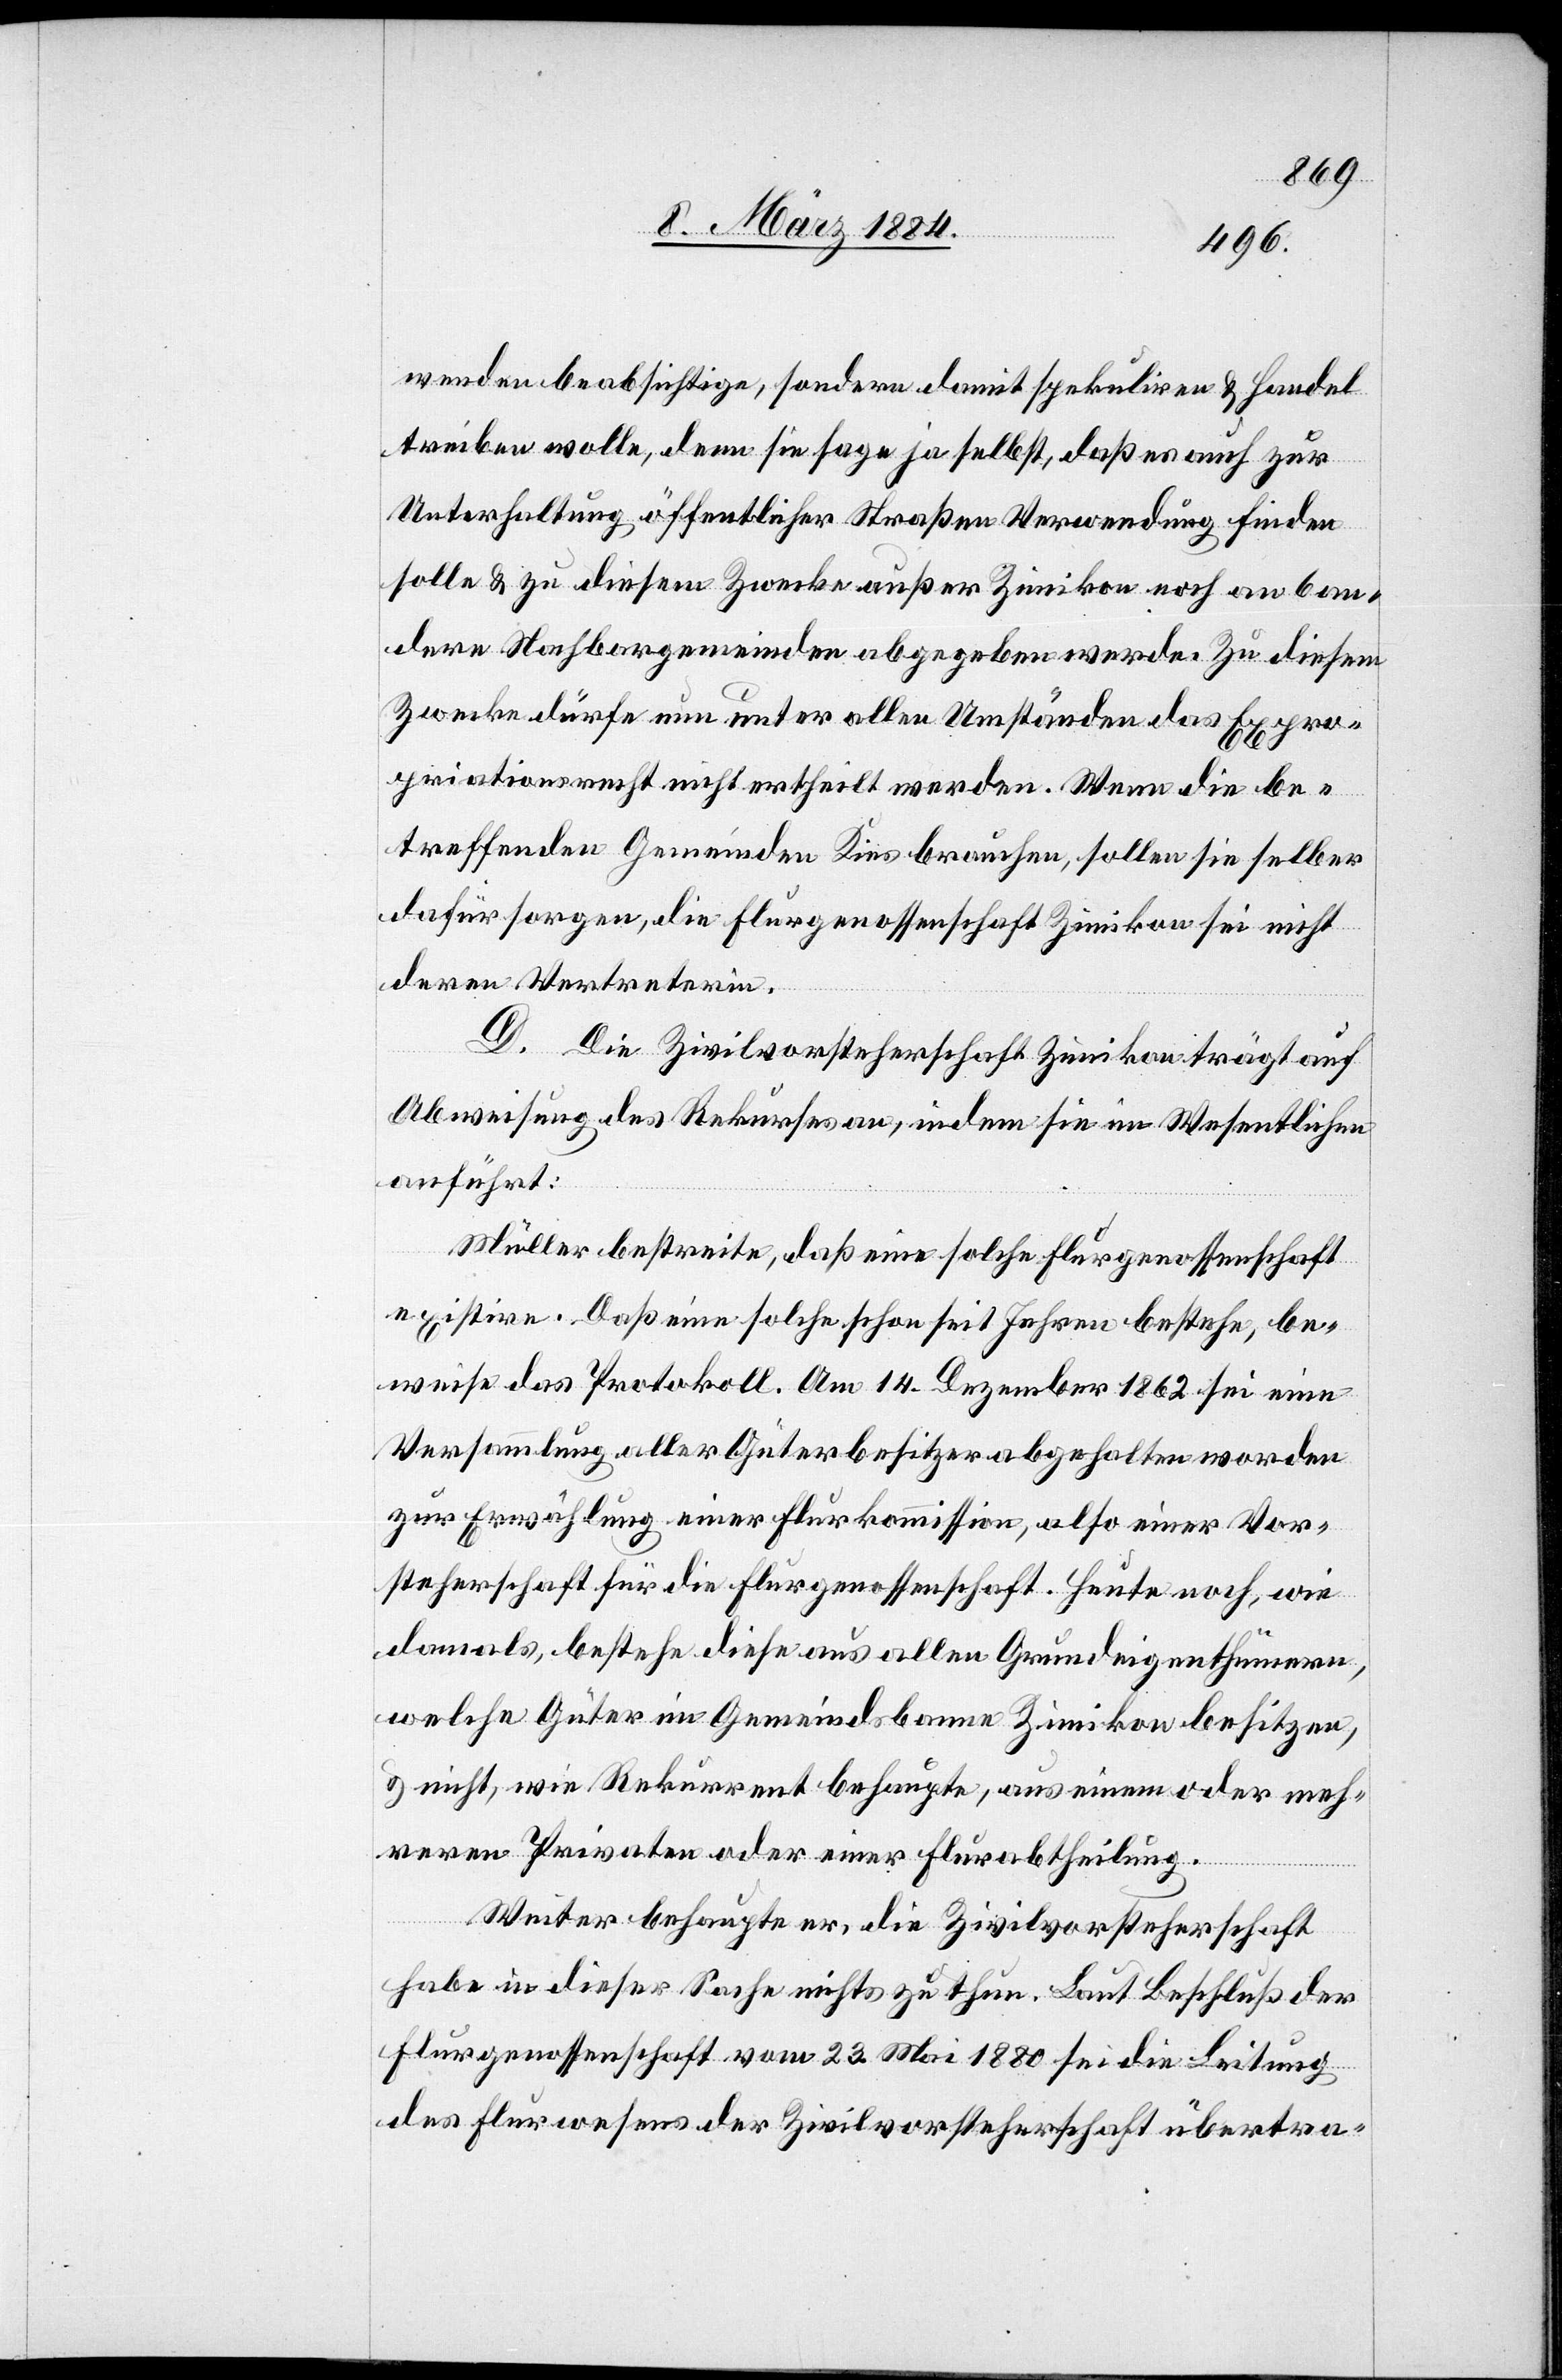
wenden beabsichtige, sondern damit spekuliren & Handel
treiben wolle, denn sie sahen ja selbst, daß es auch zur
Unterhaltung öffentlicher Straßen Verwendung finden
solle & zu diesem Zwecke außer Zimikon noch an an¬
dere Nachbargemeinden abgegeben werde. Zu diesem
Zwecke dürfe nun unter allen Umständen das Expro¬
priationsrecht nicht ertheilt werden. Wenn die be¬
treffenden Gemeinden Kies brauchen, sollen sie selber
dafür sorgen, die Flurgenossenschaft Zimikon sei nicht
deren Vertreterin.
D. Die Zivilvorsteherschaft Zimikon trägt auf
Abweisung des Rekurses an, indem sie im Wesentlichen
anführt:
Müller bestreite, daß eine solche Flurgenossenschaft
existire. Daß eine solche schon seit Jahren bestehe, be¬
weise das Protokoll. Am 14. Dezember 1862 sei eine
Versammlung aller Güterbesitzer abgehalten worden
zur Erwählung einer Flurkommission, also einer Vor¬
steherschaft für die Flurgenossenschaft. Heute noch, wie
damals, bestehe diese aus allen Grundeigenthümern,
welche Güter im Gemeindsbanne Zimikon besitzen,
& nicht, wie Rekurrent behaupte, aus einem oder meh¬
reren Privaten oder einer Flurabtheilung.
Weiter behaupte er, die Zivilvorsteherschaft
habe in dieser Sache nichts zu thun. Laut Beschluß der
Flurgenossenschaft vom 23. Mai 1880 sei die Leitung
des Flurwesens der Zivilvorsteherschaft übertrag-